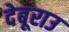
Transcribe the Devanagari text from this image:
देबूराउ